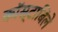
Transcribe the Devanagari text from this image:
काॅस्टाबिले